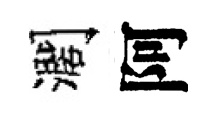
濶阿